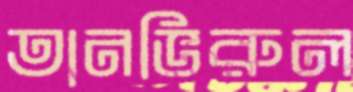
তানভিরুল